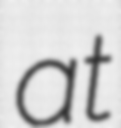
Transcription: at